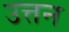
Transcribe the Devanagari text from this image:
उत्तन